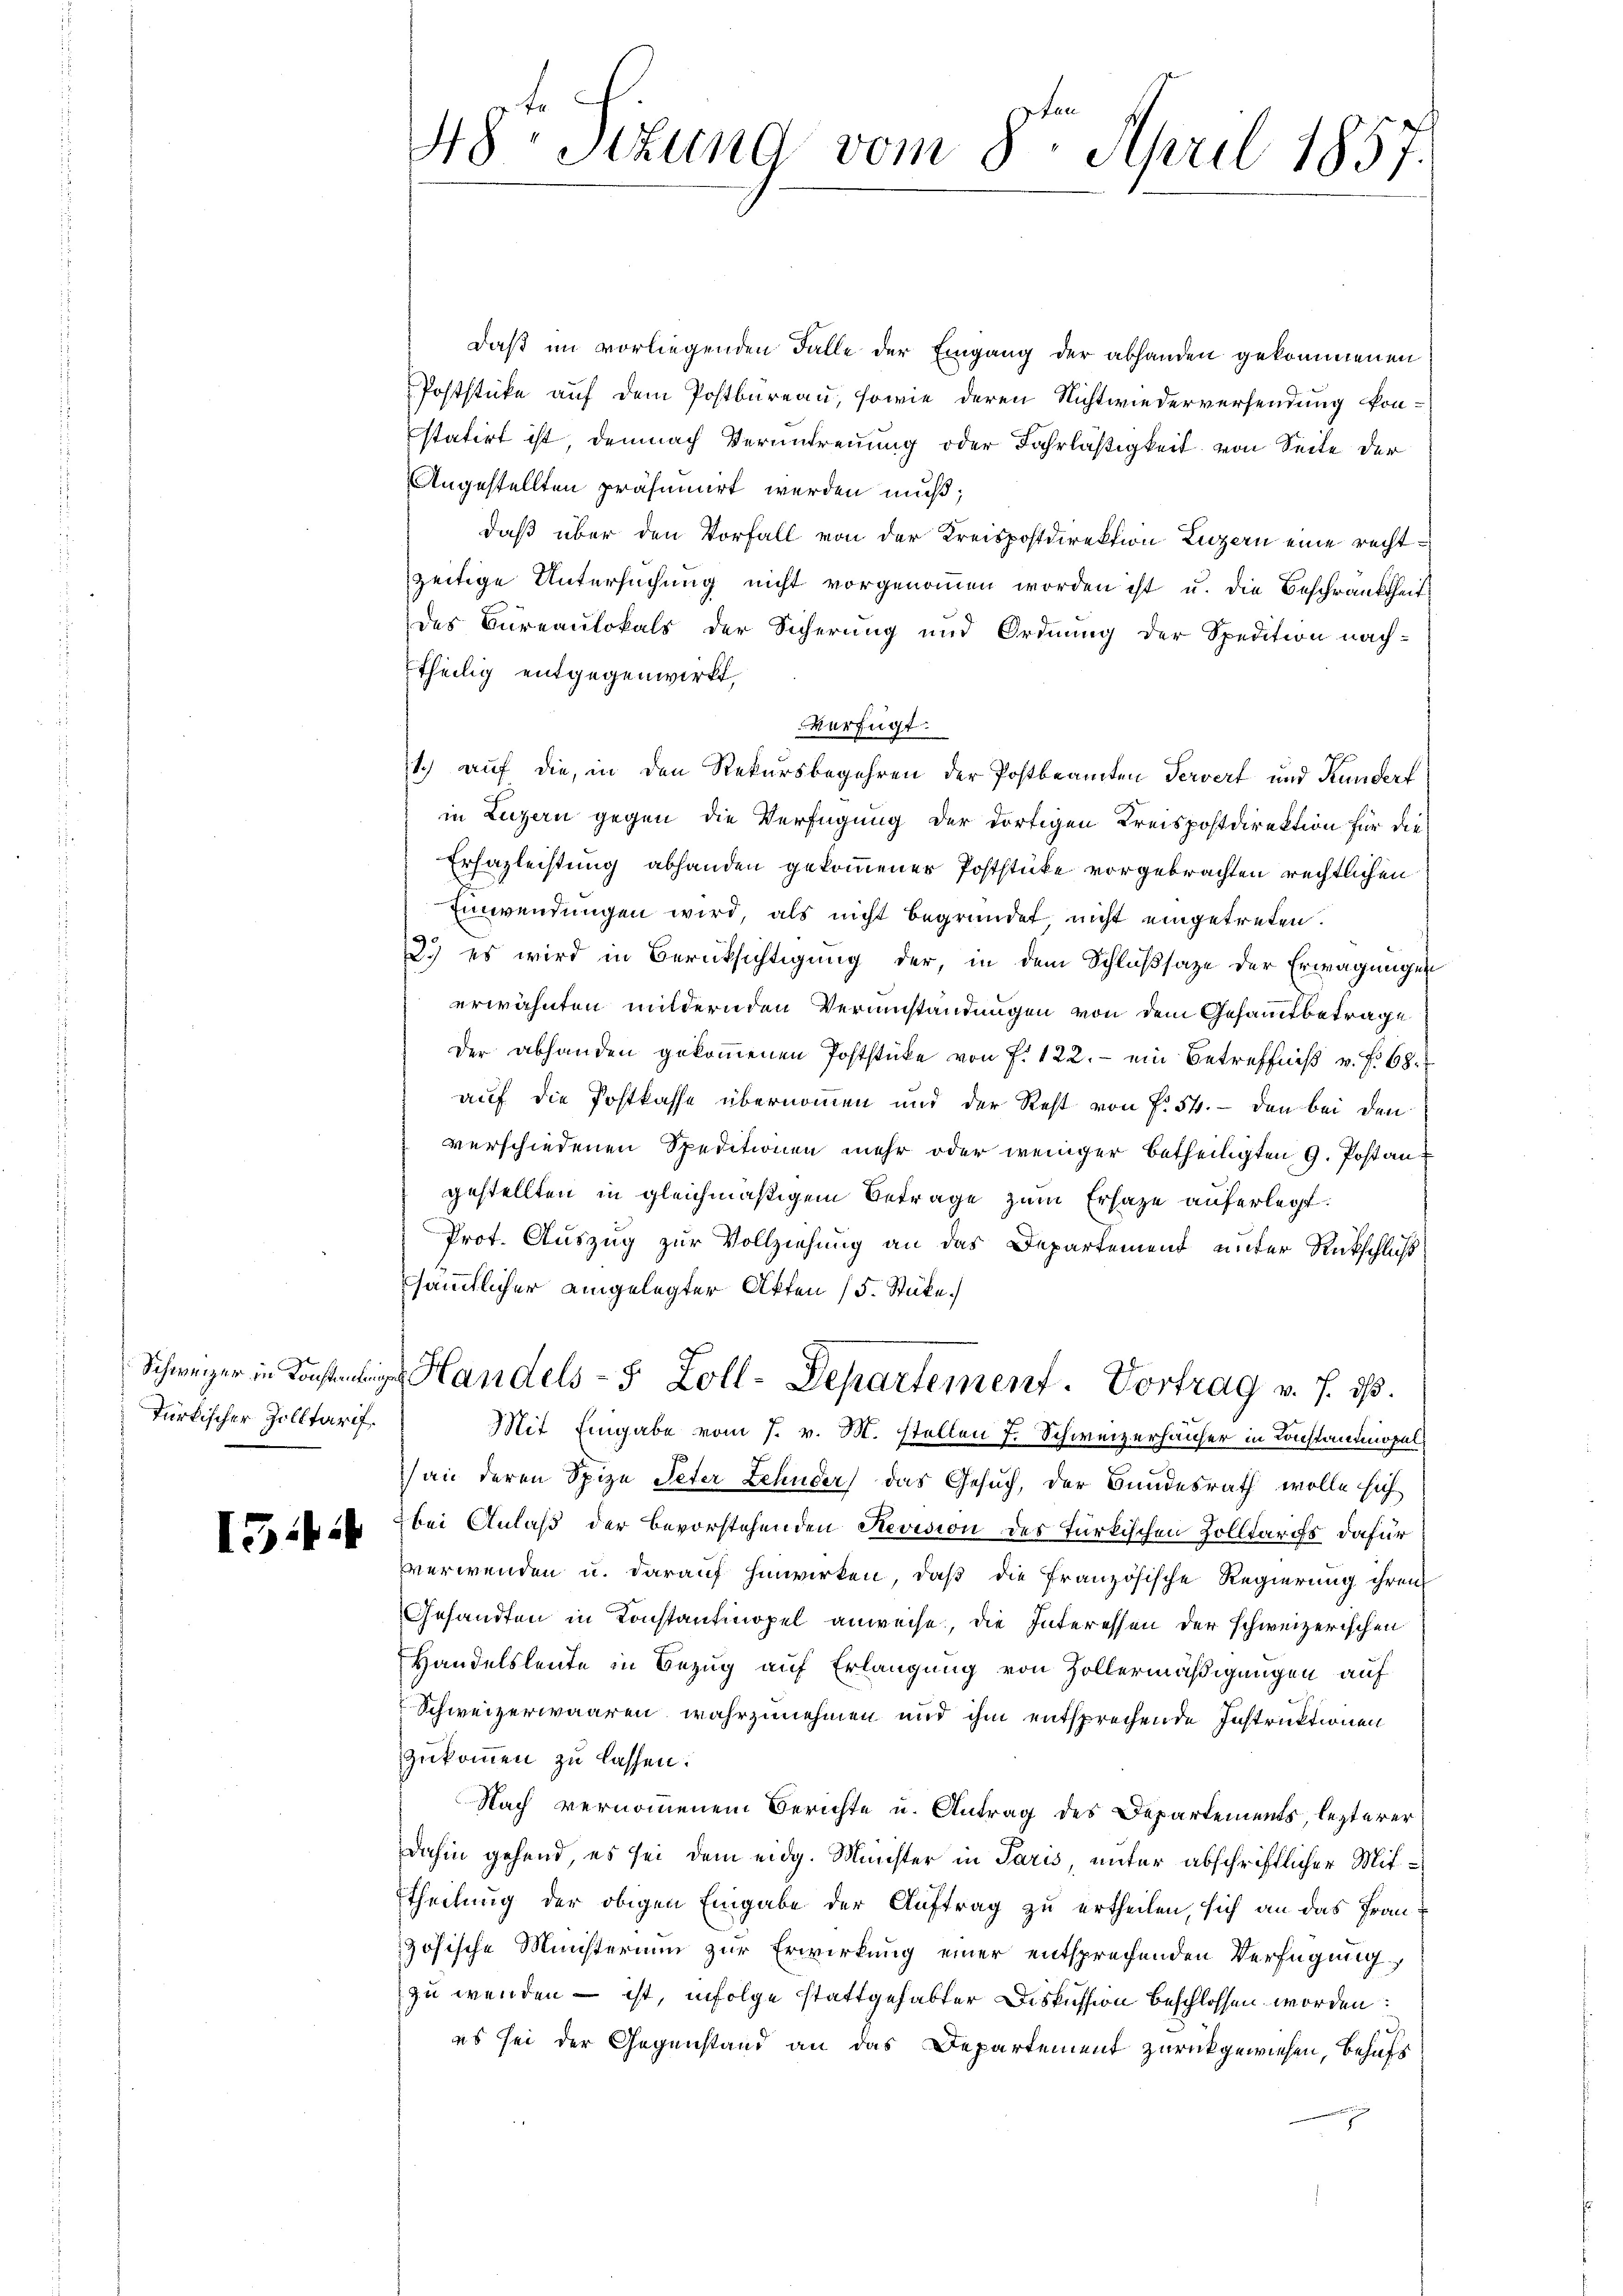
Schweizer in Konstanting
türkischer Zolltarif.

154:

48. Sitzung vom 8ten April 1857.

daß im vorliegenden Falle der Eingang der abhanden gekommenen
Poststücke auf dem Postbureau, sowie deren Nichtwiederversendung konstatirt ist, demnach Verantreuung oder Fahrläßigkeit von Seite der
Angestellten präsumirt werden muß;
daß über den Vorfall von der Kreispostdirektion Luzern eine rechtzeitige Untersuchung nicht vorgenommen worden ist u. die Beschränktheit
des Bureaulokals der Sicherung und Ordnung der Spedition nach-
theilig entgegenwirkt,
verfügt:
11.) auf die, in den Rekursbegehren der Postbeamten Servert und Kundert
in Luzern gegen die Verfügung der dortigen Kreispostdirektion für die
Erhasleistung abhanden gekommener Poststücke vorgebrachten rechtlichen
Einwendungen wird, als nicht begründet nicht eingetreten.
2.) es wird in Berücksichtigung der, in dem Schlußsaze der Erwägungen
erwähnten mildernden Verumständungen von dem Gesammtbetrage
Der abhanden gekommenen Poststücke von P. 122. - ein Betreffniß v. f. 68.
auf die Postkasse übernommen und der Rest von f. 54. - den bei den
verschiedenen Speditionen mehr oder weniger betheiligten 9. Post angestellten in gleichmäßigem Betrage zum Erhaze auferlegt.
Prot. Auszug zur Vollziehung an das Departement unter Rückschluß
sämmtlicher eingelegter Akten (5. Stücke.
 Handels- 5 Zoll-Departement. Vortrag v. h. is
Mit Eingabe vom 7. v. M. stellen 7. Schweizerhäuser in Konstandopelan deren Spize Peter Zehnder, das Gesuch, der Bundesrath wolle sich
bei Anlaß der Bevorstehenden Revision des türkischen Zolltaris dafür
verwenden u. darauf hinwirken, daß die französische Regierung ihren
Gesandten in Konstantinopel anweise, die Interessen der schweizerischen
Handelsleute in Bezug auf Erlangung von Zollermäßigungen auf
Schweizerwaaren, wahrzunehmen und ihm entsprechende Instruktionen
zukommen zu lassen.
Nach vernommenem Berichte u. Antrag des Departements, lezterer
dahin gehend, es sei dem eidg. Münster in Paris, unter abschriftlicher Mittheilung der obigen Eingabe der Auftrag zu ertheilen, sich an das Französische Ministerium zur Erwirkung einer entsprechenden Verfügung
zu wenden – ist, infolge stattgehabter Diskussion beschlossen worden:
es sei der Gegenstand an das Departement zurückgewiesen, behufs